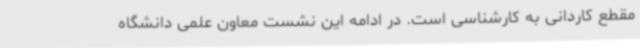
مقطع کاردانی به کارشناسی است. در ادامه این نشست معاون علمی دانشگاه